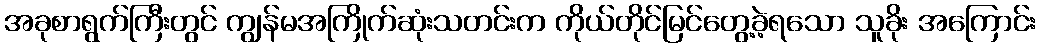
အခုစာရွက်ကြီးတွင် ကျွန်မအကြိုက်ဆုံးသတင်းက ကိုယ်တိုင်မြင်တွေ့ခဲ့ရသော သူခိုး အကြောင်း